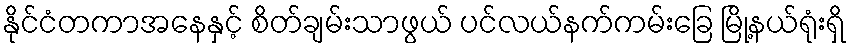
နိုင်ငံတကာအနေနှင့် စိတ်ချမ်းသာဖွယ် ပင်လယ်နက်ကမ်းခြေ မြို့နယ်ရုံးရှိ